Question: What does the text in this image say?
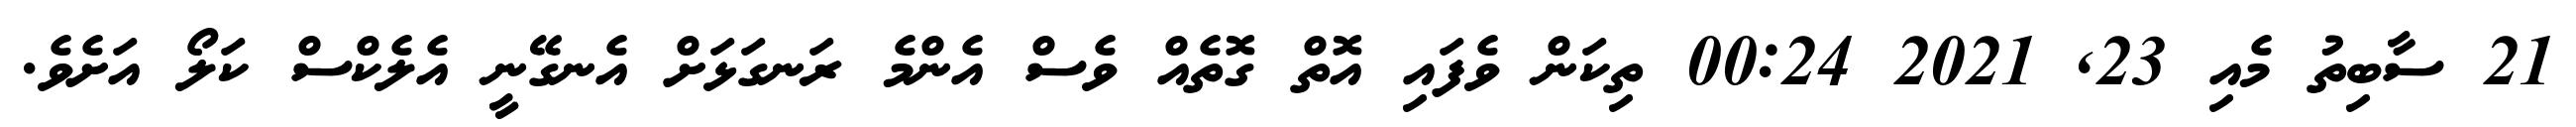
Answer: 21 ސާބިތު މެއި 23, 2021 00:24 ތިކަން ވެފައި އޮތް ގޮތެއް ވެސް އެންމެ ރަނގަޅަށް އެނގޭނީ އެލެކްސް ކަލޯ އަށެވެ.